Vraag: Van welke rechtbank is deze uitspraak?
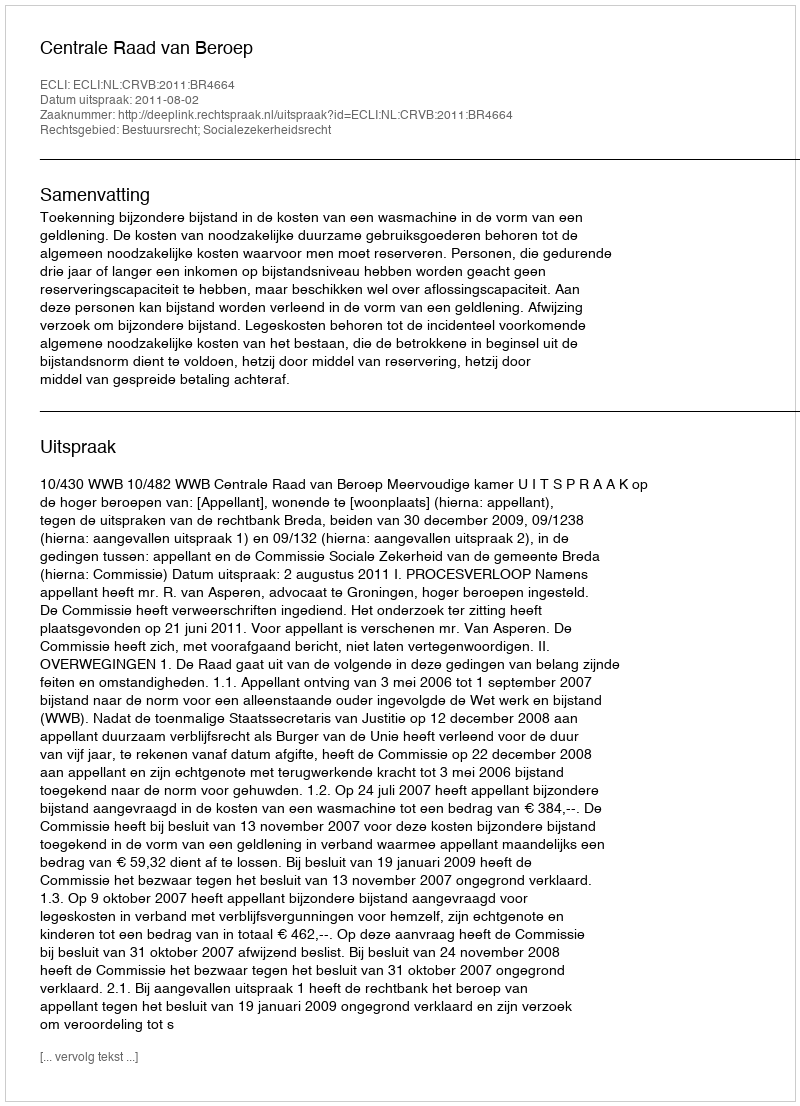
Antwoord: Centrale Raad van Beroep